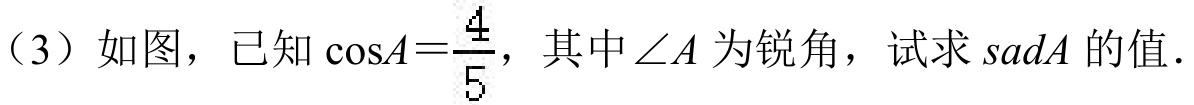
（3）如图，已知\(\cos A=\frac{4}{5}\)，其中\(\angle A\)为锐角，试求\(sadA\)的值.